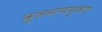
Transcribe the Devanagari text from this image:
कुलनामानुसार